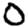
Digit: 0